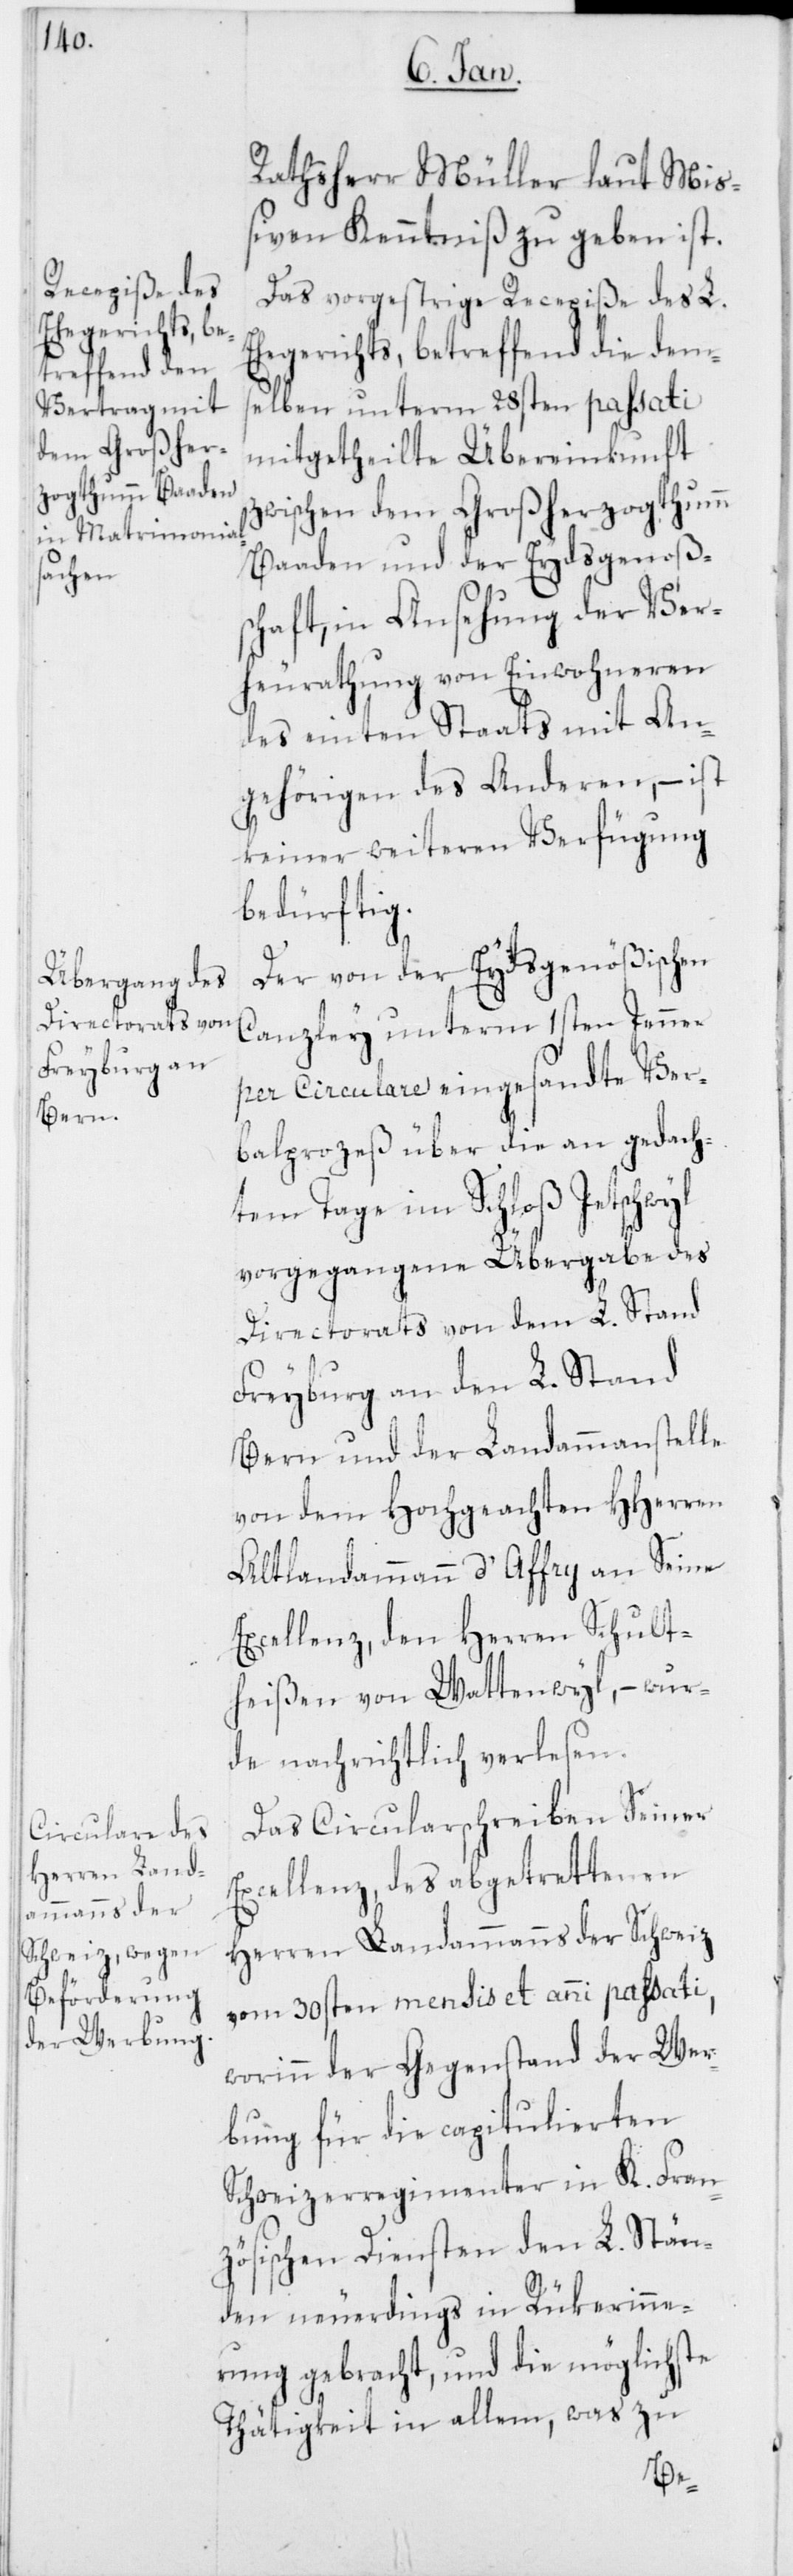
Ratsherr Müller laut Mi¬
ßiven Kenntniß zu geben ist.
Das vorgestrige Recepiße des L.
Ehegerichts, betreffend die dem¬
selben unterm 28ten passati
mitgetheilte Übereinkunft
zwischen dem Großherzogtumm
Baaden und der Eydsgenoßs¬
chaft, in Ansehung der Ver¬
heurathung von Einwohneren
des einten Staats mit An¬
gehörigen des Anderen, – ist
keiner weiteren Verfügung
bedürftig.
Der von der Eydsgenößischen
Canzley unterm 1sten Jenner
per Circulare eingesandte Ver¬
balprozeß über die an gedach¬
tem Tage im Schloß Jetschwyl
vorgegangene Übergabe des
Directorats von dem L. Stand
Freyburg an den L. Stand
Bern und der Landammannstelle
von dem Hochgeachten HHerren
Altlandammann d’ Affry an Seine
Excellenz, den Herren Schult¬
heißen von Wattenwyl, – wur¬
de nachrichtlich verlesen.
Das Circularschreiben Seiner
Excellenz, des abgetrettenen
Herren Landammanns der Schweiz
vom 30sten mensis et anni passati,
worinn der Gegenstand der Wer¬
bung für die capitulierten
Schweizerregimenter in K. Fran¬
zösischen Diensten den L. Stän¬
den neuerdings in Rükerinne¬
rung gebracht, und die möglichste
Thätigkeit in allem, was zu